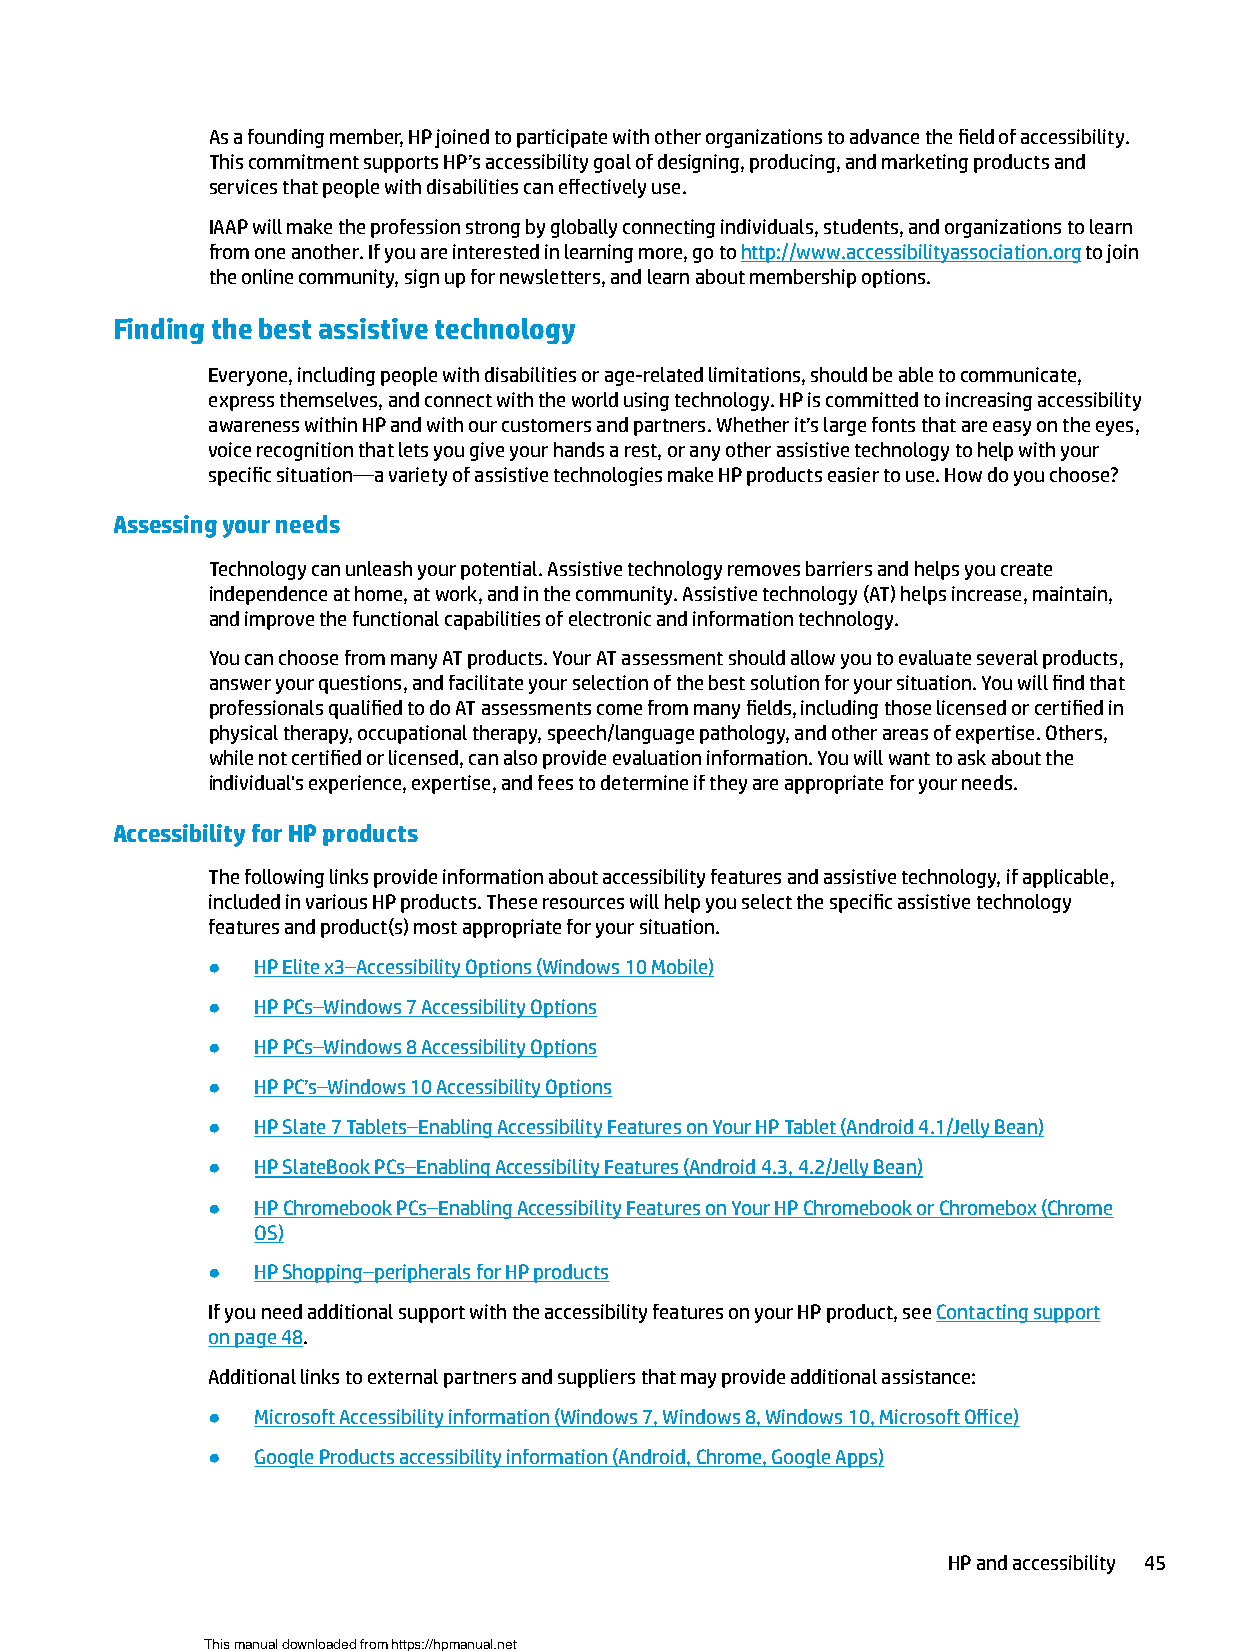
As a founding member, HP joined to participate with other organizations to advance the field of accessibility.
 This commitment supports HP’s accessibility goal of designing, producing, and marketing products and
 services that people with disabilities can effectively use.
 IAAP will make the profession strong by globally connecting individuals, students, and organizations to learn
 from one another. If you are interested in learning more, go to http://www.accessibilityassociation.org to join
 the online community, sign up for newsletters, and learn about membership options.
 Finding the best assistive technology
 Everyone, including people with disabilities or age-related limitations, should be able to communicate,
 express themselves, and connect with the world using technology. HP is committed to increasing accessibility
 awareness within HP and with our customers and partners. Whether it’s large fonts that are easy on the eyes,
 voice recognition that lets you give your hands a rest, or any other assistive technology to help with your
 specific situation—a variety of assistive technologies make HP products easier to use. How do you choose?
 Assessing your needs
 Technology can unleash your potential. Assistive technology removes barriers and helps you create
 independence at home, at work, and in the community. Assistive technology (AT) helps increase, maintain,
 and improve the functional capabilities of electronic and information technology.
 You can choose from many AT products. Your AT assessment should allow you to evaluate several products,
 answer your questions, and facilitate your selection of the best solution for your situation. You will find that
 professionals qualified to do AT assessments come from many fields, including those licensed or certified in
 physical therapy, occupational therapy, speech/language pathology, and other areas of expertise. Others,
 while not certified or licensed, can also provide evaluation information. You will want to ask about the
 individual's experience, expertise, and fees to determine if they are appropriate for your needs.
 Accessibility for HP products
 The following links provide information about accessibility features and assistive technology, if applicable,
 included in various HP products. These resources will help you select the specific assistive technology
 features and product(s) most appropriate for your situation.
 ●  HP Elite x3–Accessibility Options (Windows 10 Mobile)
 ●  HP PCs–Windows 7 Accessibility Options
 ●  HP PCs–Windows 8 Accessibility Options
 ●  HP PC’s–Windows 10 Accessibility Options
 ●  HP Slate 7 Tablets–Enabling Accessibility Features on Your HP Tablet (Android 4.1/Jelly Bean)
 ●  HP SlateBook PCs–Enabling Accessibility Features (Android 4.3, 4.2/Jelly Bean)
 ●  HP Chromebook PCs–Enabling Accessibility Features on Your HP Chromebook or Chromebox (Chrome
 OS)
 ●  HP Shopping–peripherals for HP products
 If you need additional support with the accessibility features on your HP product, see Contacting support
 on page 48.
 Additional links to external partners and suppliers that may provide additional assistance:
 ●  Microsoft Accessibility information (Windows 7, Windows 8, Windows 10, Microsoft Office)
 ●  Google Products accessibility information (Android, Chrome, Google Apps)
 HP and accessibility 45
 This manual downloaded from https://hpmanual.net